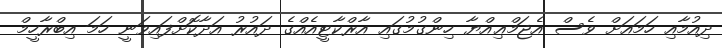
ދިއުމާއި ހަމައަށް ވެސް އެޖަމްޢިއްޔާ ހިންގުމުގައި އާރްކާޓީއެއްގެ ދައުރު އަދާކޮށްފައިވަނީ ހަމަ އިބްރާހީމް